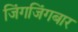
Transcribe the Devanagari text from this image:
जिंगजिंगबार